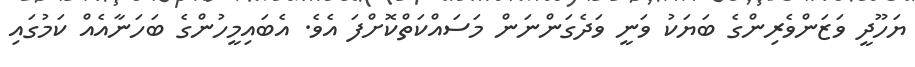
ޔަހޫދީ ވަޒަންވެރިންގެ ބަޔަކު ވަނީ ވަދެގަންނަން މަސައްކަތްކޮށްފަ އެވެ. އެބައިމީހުންގެ ބަހަނާއެއް ކަމުގައި